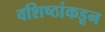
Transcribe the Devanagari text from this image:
वशिष्ठांकडून